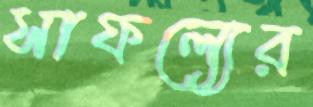
সাফল্যের